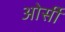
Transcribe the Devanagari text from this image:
ओर्सी